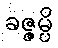
ခဇ္ဇမ္ပိ